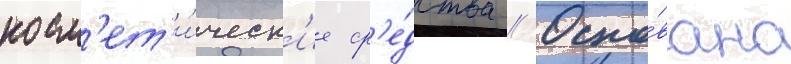
косм'ет'и́ческ'ие ср'е́дства // Осно́вана